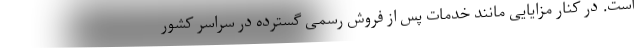
است. در کنار مزایایی مانند خدمات پس از فروش رسمی گسترده در سراسر کشور